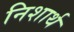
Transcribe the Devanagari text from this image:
निशार्थ